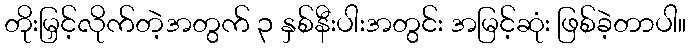
တိုးမြှင့်လိုက်တဲ့အတွက် ၃ နှစ်နီးပါးအတွင်း အမြင့်ဆုံး ဖြစ်ခဲ့တာပါ။